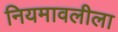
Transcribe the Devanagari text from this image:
नियमावलीला